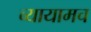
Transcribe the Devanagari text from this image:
व्यायामच